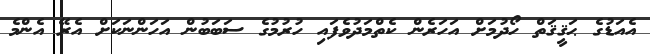
އެއަޑުގެ ޙަޤީޤަތް ހޯދުމަށް އަހަރެން ކެތްމަދުވެފައި ހުރުމުގެ ސަބަބުން އަހަންނަކަށް އެރޭ އެންމެ